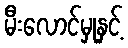
မီးလောင်မှုနှင့်